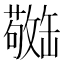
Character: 𫄿